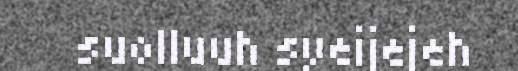
suolluuh syeijejeh